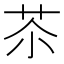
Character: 苶